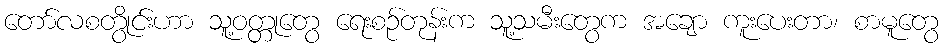
တော်လစတွိုင်းဟာ သူ့ဝတ္တုတွေ ရေးစဉ်တုန်းက သူ့သမီးတွေက အချော ကူးပေးတာ၊ စာမူတွေ